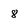
Character: 8